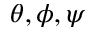
\theta , \phi , \psi